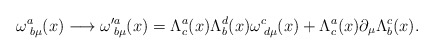
\begin{align*}\omega _{\;b\mu }^{a}(x)\longrightarrow \omega_{\;b\mu }^{\prime a}(x)=\Lambda_{c}^{a}(x)\Lambda _{b}^{d}(x)\omega_{\;d\mu }^{c}(x)+\Lambda_{c}^{a}(x)\partial _{\mu }\Lambda_{b}^{c}(x). \end{align*}